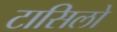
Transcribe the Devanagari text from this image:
टासिलो